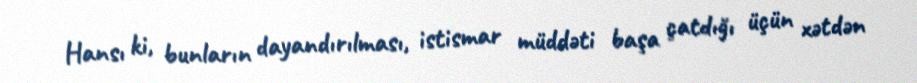
Hansı ki, bunların dayandırılması, istismar müddəti başa çatdığı üçün xətdən